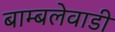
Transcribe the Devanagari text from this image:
बाम्बलेवाडी